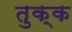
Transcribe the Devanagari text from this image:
तुक्क